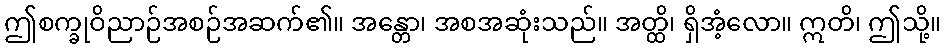
ဤစက္ခုဝိညာဉ်အစဉ်အဆက်၏။ အန္တော၊ အစအဆုံးသည်။ အတ္ထိ၊ ရှိအံ့လော။ ဣတိ၊ ဤသို့။